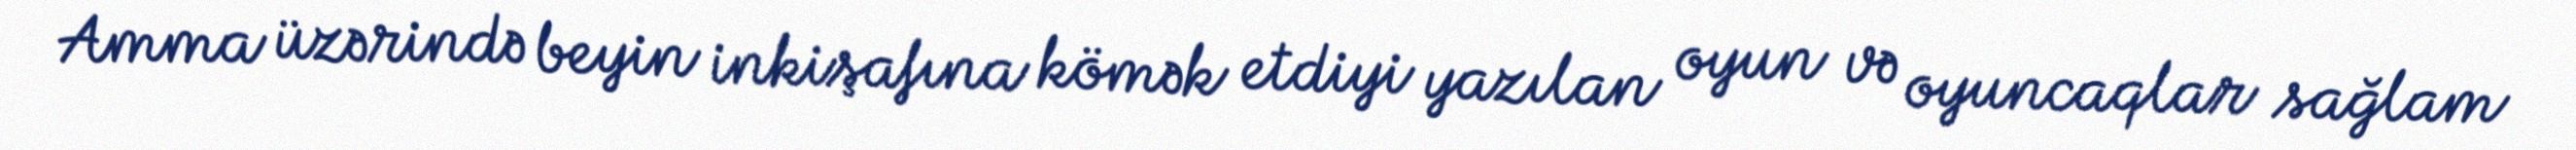
Amma üzərində beyin inkişafına kömək etdiyi yazılan oyun və oyuncaqlar sağlam